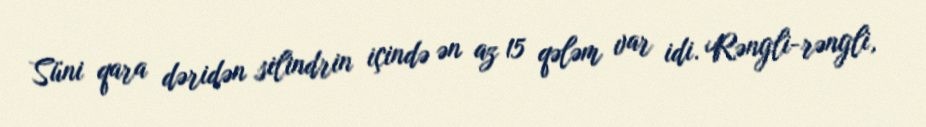
Süni qara dəridən silindrin içində ən az 15 qələm var idi. Rəngli-rəngli,